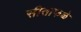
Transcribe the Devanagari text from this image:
सीताफळे